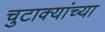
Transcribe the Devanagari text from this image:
चुटाक्यांच्या